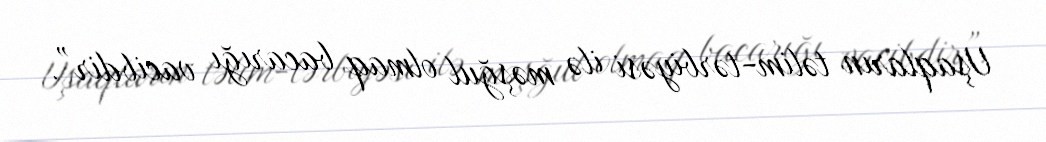
Uşaqların təlim-tərbiyəsi ilə məşğul olmaq bacarığı vacibdir”.